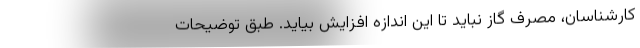
کارشناسان، مصرف گاز نباید تا این اندازه افزایش بیاید. طبق توضیحات